Vaccination in the Punjab 1919-1929 - 1919-1929
Year: 1919
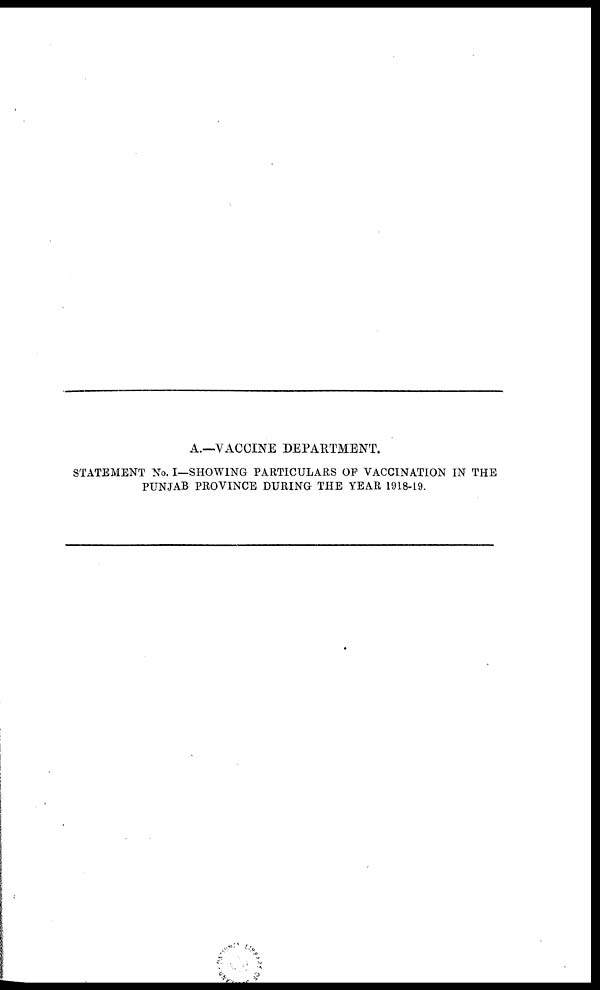
A.—VACCINE DEPARTMENT.
STATEMENT No. I—SHOWING PARTICULARS OF VACCINATION IN THE
PUNJAB PROVINCE DURING THE YEAR 1918-19.